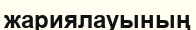
жариялауының